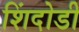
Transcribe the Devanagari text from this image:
शिंदोडी